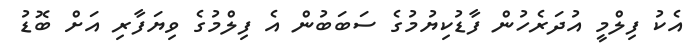
އެކު ފިލްމީ އުދަރެހުން ފާޑުކިޔުމުގެ ސަބަބުން އެ ފިލްމުގެ ވިޔަފާރި އަށް ބޮޑު